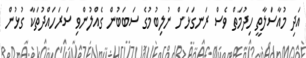
އަދި މުއާސަލާތީ ހިދުމަތް ވެސް ރަނގަޅަށް ނުލިބުމުގެ ސަބަބުން ގެއްލުންވި ސަރަހައްދުތަކާ ގުޅުން